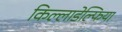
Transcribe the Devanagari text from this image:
किल्लाडेल्फिया